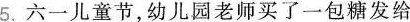
5.六一儿童节，幼儿园老师买了一包糖发给